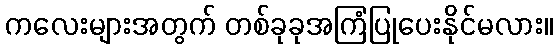
ကလေးများအတွက် တစ်ခုခုအကြံပြုပေးနိုင်မလား။